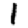
Digit: 1